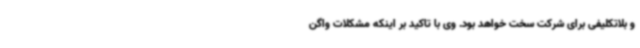
و بلاتکلیفی برای شرکت سخت خواهد بود. وی با تاکید بر اینکه مشکلات واگن